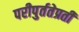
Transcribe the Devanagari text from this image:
परीपुर्ततेप्रती